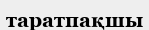
таратпақшы